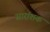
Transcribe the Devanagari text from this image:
सारांशक